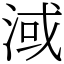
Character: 淢